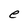
Character: e